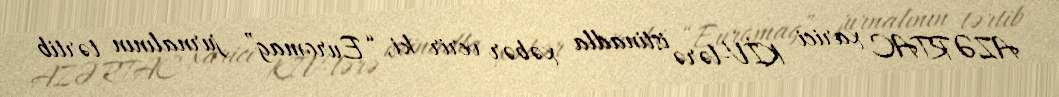
AZƏRTAC xarici KİV-lərə istinadla xəbər verir ki, “Euromag” jurnalının tərtib